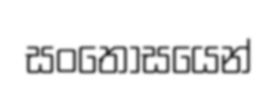
සංතෝසයෙන්